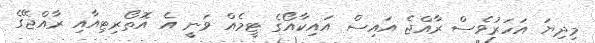
މިދިޔަ އަހަރުވެސް ރާއްޖެ އައިސް އައިކާއޯގެ ޓީމެއް ވަނީ އެ އޮތޯރިޓިއާއި ރާއްޖޭގެ